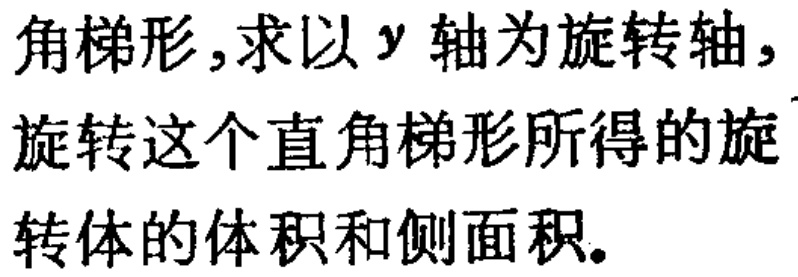
角梯形,求以$y$轴为旋转轴,旋转这个直角梯形所得的旋转体的体积和侧面积。